Report on vaccination in the Province of Bengal - 1874-1889
Year: 1874
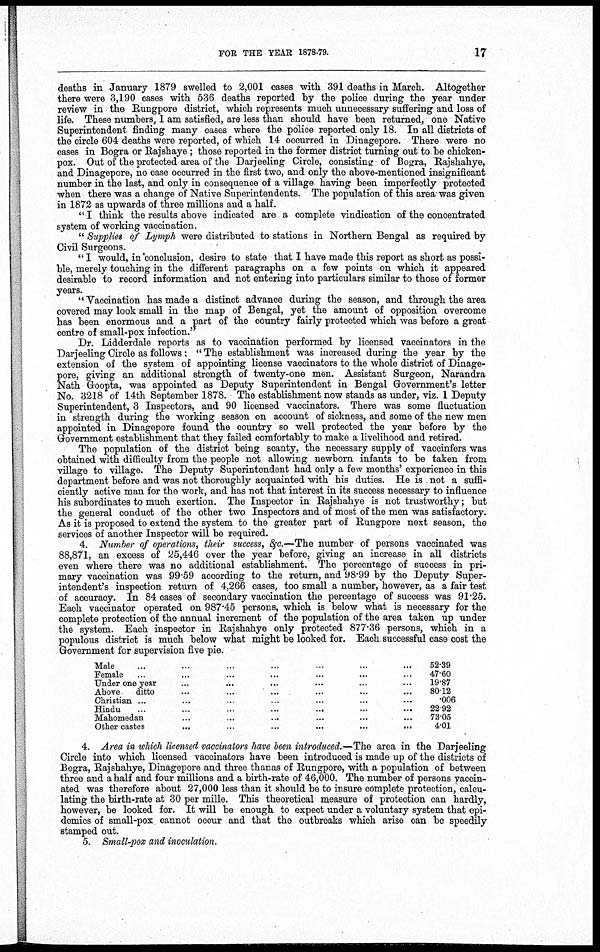
FOR THE YEAR 1878-79.
17
deaths in January 1879 swelled to 2,001 cases with 391 deaths in March. Altogether
there were 3,190 cases with 536 deaths reported by the police during the year under
review in the Rungpore district, which represents much unnecessary suffering and loss of
life. These numbers, 1 am satisfied, are less than should have been returned, one Native
Superintendent finding many cases where the police reported only 18. In all districts of
the circle 604 deaths were reported, of which 14 occurred in Dinagepore. There were no
cases in Bogra or Rajshaye ; those reported in the former district turning out to be chicken-
pox. Out of the protected area of the Darjeeling Circle, consisting of Bogra, Rajshahye,
and Dinagepore, no case occurred in the first two, and only the above-mentioned insignificant
number in the last, and only in consequence of a village having been imperfectly protected
when there was a change of Native Superintendents. The population of this area was given
in 1872 as upwards of three millions and a half.
" I think the results above indicated are a complete vindication of the concentrated
system of working vaccination.
" Supplies of Lymph were distributed to stations in Northern Bengal as required by
Civil Surgeons.
" I would, in conclusion, desire to state that I have made this report as short as possi-
ble, merely touching in the different paragraphs on a few points on which it appeared
desirable to record information and not entering into particulars similar to those of former
years.
" Vaccination has made a distinct advance during the season, and through the area
covered may look small in the map of Bengal, yet the amount of opposition overcome
has been enormous and a part of the country fairly protected which was before a great
centre of small-pox infection."
Dr. Lidderdale reports as to vaccination performed by licensed vaccinators in the
Darjeeling Circle as follows: " The establishment was increased during the year by the
extension of the system of appointing license vaccinators to the whole district of Dinage-
pore, giving an additional strength of twenty-one men. Assistant Surgeon, Narandra
Nath Goopta, was appointed as Deputy Superintendent in Bengal Government's letter
No. 3218 of 14th September 1878. The establishment now stands as under, viz. 1 Deputy
Superintendent, 3 Inspectors, and 90 licensed vaccinators. There was some fluctuation
in strength during the working season on account of sickness, and some of the new men
appointed in Dinagepore found the country so well protected the year before by the
Government establishment that they failed comfortably to make a livelihood and retired.
The population of the district being scanty, the necessary supply of vaccinfers was
obtained with difficulty from the people not allowing newborn infants to be taken from
village to village. The Deputy Superintendent had only a few months' experience in this
department before and was not thoroughly acquainted with his duties. He is not a suffi-
ciently active man for the work, and has not that interest in its success necessary to influence
his subordinates to much exertion. The Inspector in Rajshahye is not trustworthy; but
the general conduct of the other two Inspectors and of most of the men was satisfactory.
As it is proposed to extend the system to the greater part of Rungpore next season, the
services of another Inspector will be required.
4. Number of operations, their success, &c.—The number of persons vaccinated was
88,871, an excess of 25,446 over the year before, giving an increase in all districts
even where there was no additional establishment. The percentage of success in pri-
mary vaccination was 99.59 according to the return, and 98.99 by the Deputy Super-
intendent's inspection return of 4,266 cases, too small a number, however, as a fair test
of accuracy. In 84 cases of secondary vaccination the percentage of success was 91.25.
Each vaccinator operated on 987.45 persons, which is below what is necessary for the
complete protection of the annual increment of the population of the area taken up under
the system. Each inspector in Rajshahye only protected 877.36 persons, which in a
populous district is much below what might be looked for. Each successful case cost the
Government for supervision five pie.
Male ... ... ... ... ... ... ...
Female ... ... ... ... ... ... ...
Under one year ... ... ... ... ... ... ...
Above
ditto ... ... ... ... ... ... ...
Christian ... ... ... ... ... ... ...
Hindu
...
...
...
...
...
...
...
Mahomedan ... ... ... ... ... ... ...
Other castes
...
...
...
...
...
...
...
52.39
47.60
19.87
80.12
.006
22.92
73.05
4.01
4. Area in which licensed vaccinators have been introduced.—The area in the Darjeeling
Circle into which licensed vaccinators have been introduced is made up of the districts of
Bogra, Rajshahye, Dinagepore and three thanas of Rungpore, with a population of between
three and a half and four millions and a birth-rate of 46,000. The number of persons vaccin-
ated was therefore about 27,000 less than it should be to insure complete protection, calcu-
lating the birth-rate at 30 per mille. This theoretical measure of protection can hardly,
however, be looked for. It will be enough to expect under a voluntary system that epi-
demics of small-pox cannot occur and that the outbreaks which arise can be speedily
stamped out.
5. Small-pox and inoculation.